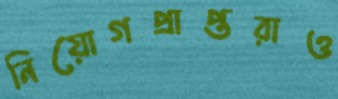
নিয়োগপ্রাপ্তরাও